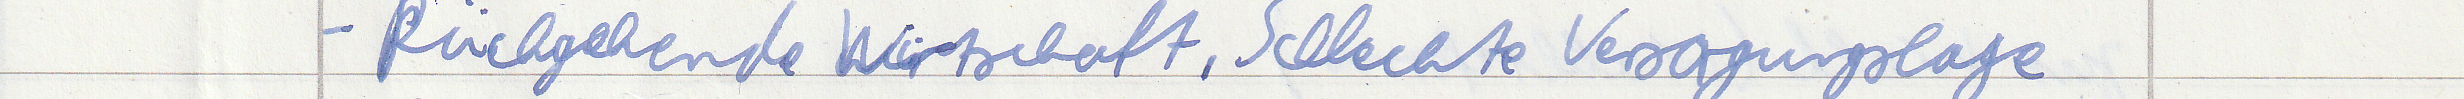
- Rückgehende Wirtschaft, Schlechte Versorgungslage